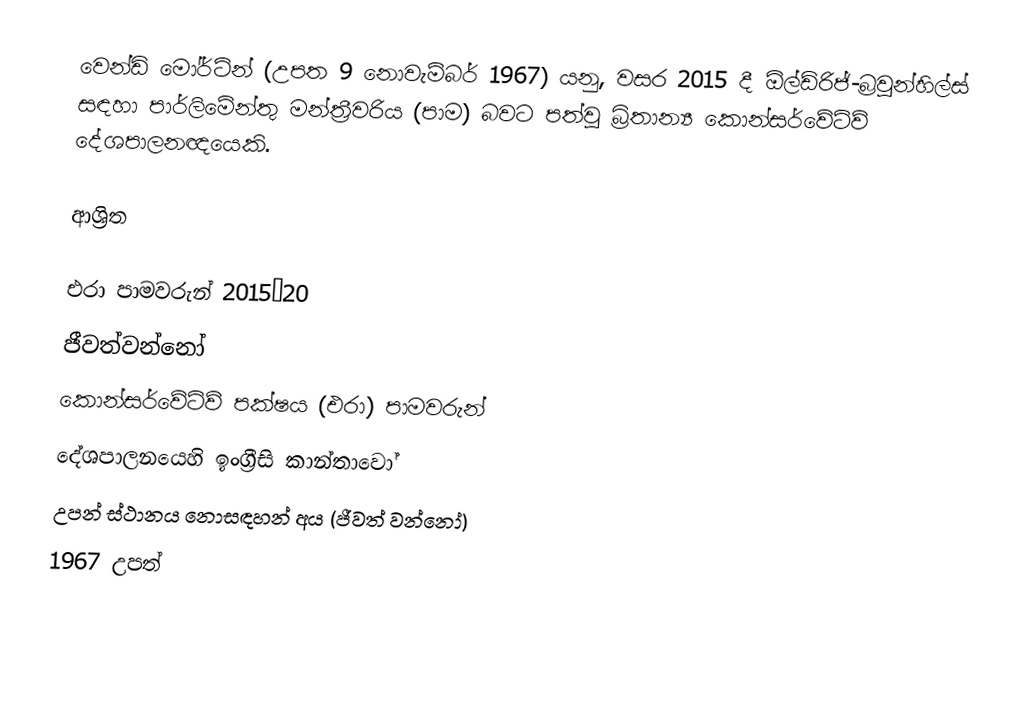
වෙන්ඩි මෝර්ට්න් (උපත 9 නොවැම්බර් 1967) යනු, වසර 2015 දී  ඕල්ඩ්රිජ්-බ්‍රවුන්හිල්ස් සඳහා  පාර්ලිමේන්තු මන්ත්‍රීවරිය (පාම) බවට පත්වූ බ්‍රිතාන්‍ය කොන්සර්වේටිව් දේශපාලනඥයෙකි.

ආශ්‍රිත

එරා පාමවරුන් 2015–20
ජීවත්වන්නෝ
කොන්සර්වේටිව් පක්ෂය (එරා) පාමවරුන්
දේශපාලනයෙහි ඉංග්‍රීසි කාන්තාවෝ
උපන් ස්ථානය නොසඳහන් අය (ජීවත් වන්නෝ)
1967 උපත්